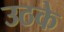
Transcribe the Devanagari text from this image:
उठके